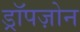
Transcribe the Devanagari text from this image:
ड्रॉपज़ोन